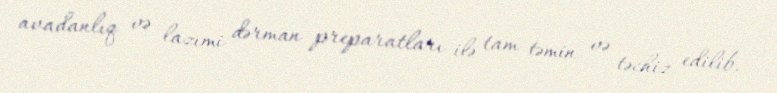
avadanlıq və lazımi dərman preparatları ilə tam təmin və təchiz edilib.